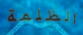
الظلمة